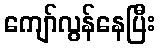
ကျော်လွန်နေပြီး